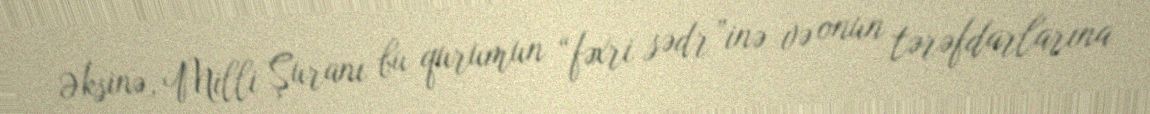
Əksinə, Milli Şuranı bu qurumun “fəxri sədr”inə və onun tərəfdarlarına